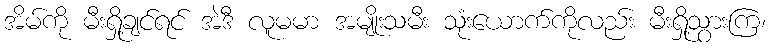
အိမ်ကို မီးရှို့ချင်ရင် အဲဒီ လူမမာ အမျိုးသမီး သုံးယောက်ကိုလည်း မီးရှို့သွားကြ၊